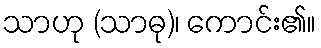
သာဟု (သာဓု)၊ ကောင်း၏။